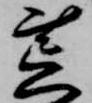
荒